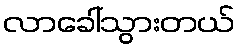
လာခေါ်သွားတယ်